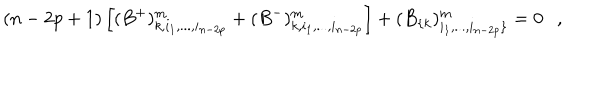
( n - 2 p + 1 ) \left[ ( B ^ { + } ) _ { k , i _ { 1 } , . . . , i _ { n - 2 p } } ^ { m } + ( B ^ { - } ) _ { k , i _ { 1 } , . . . , i _ { n - 2 p } } ^ { m } \right] + ( B _ { \{ k } ) _ { i _ { 1 } , . . . , i _ { n - 2 p } \} } ^ { m } = 0 ,